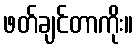
ဖတ်ချင်တာကိုး။